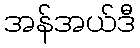
အန်အယ်ဒီ